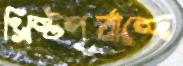
খ্রিষ্টপূর্বাব্দে